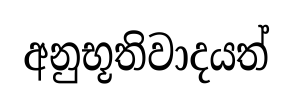
අනුභූතිවාදයත්